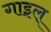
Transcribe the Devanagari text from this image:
गाइल्